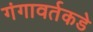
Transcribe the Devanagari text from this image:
गंगावर्तकडे